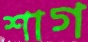
শাগ